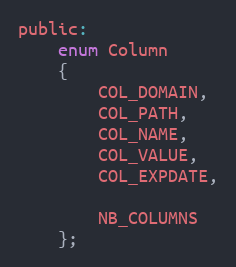
Language: C
public:
    enum Column
    {
        COL_DOMAIN,
        COL_PATH,
        COL_NAME,
        COL_VALUE,
        COL_EXPDATE,

        NB_COLUMNS
    };